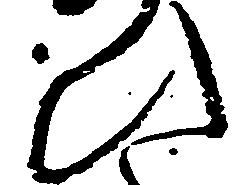
ひ